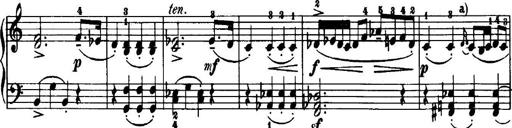
Title: 7 Sonatinas
Composer: Anton Diabelli